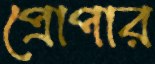
প্রোপার